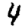
Digit: 4